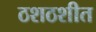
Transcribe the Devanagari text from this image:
ठशठशीत